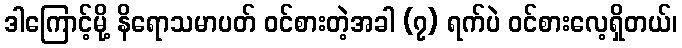
ဒါကြောင့်မို့ နိရောသမာပတ် ဝင်စားတဲ့အခါ (၇) ရက်ပဲ ဝင်စားလေ့ရှိတယ်၊